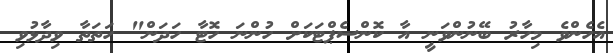
އެހެންވެ މިހާރު ބޭނުންވަނީ އާ ކޮންސެޕްޓަކަށް ހުންނަ ހޮޓާ ހަދަން" ހަތަތާ ވިދާޅުވި